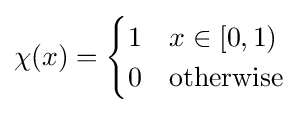
\chi (x)={\begin{cases}1&x\in [0,1)\\0&{\text{otherwise}}\end{cases}}